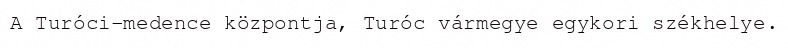
A Turóci-medence központja, Turóc vármegye egykori székhelye.